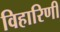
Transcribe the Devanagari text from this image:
विहारिणी